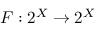
F : 2 ^ { X } \to 2 ^ { X }